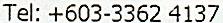
TEL: +603-3362 4137